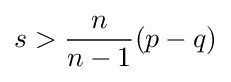
s>{\frac {n}{n-1}}(p-q)